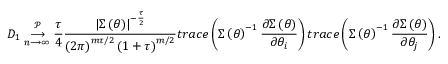
D _ { 1 } \underset { n \longrightarrow \infty } { \overset { \mathcal { P } } { \longrightarrow } } \frac { \tau } { 4 } \frac { \left\vert \boldsymbol { \Sigma } \left( \boldsymbol { \theta } \right) \right\vert ^ { - \frac { \tau } { 2 } } } { \left( 2 \pi \right) ^ { m \tau / 2 } \left( 1 + \tau \right) ^ { m / 2 } } t r a c e \left( \boldsymbol { \Sigma } \left( \boldsymbol { \theta } \right) ^ { - 1 } \frac { \partial \boldsymbol { \Sigma } \left( \boldsymbol { \theta } \right) } { \partial \theta _ { i } } \right) t r a c e \left( \boldsymbol { \Sigma } \left( \boldsymbol { \theta } \right) ^ { - 1 } \frac { \partial \boldsymbol { \Sigma } \left( \boldsymbol { \theta } \right) } { \partial \theta _ { j } } \right) .